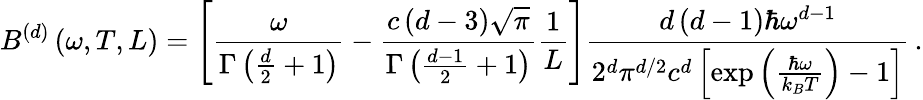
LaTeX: B^{\left(d\right)}\left(\omega,T,L\right)=\left[\frac{\omega}{\Gamma\left(\frac{d}{2}+1\right)}-\frac{c\left(d-3\right)\sqrt{\pi}}{\Gamma\left(\frac{d-1}{2}+1\right)}\frac{1}{L}\right]\frac{d\left(d-1\right)\hbar\omega^{d-1}}{2^{d}\pi^{d/2}c^{d}\left[\exp\left(\frac{\hbar\omega}{k_{B}T}\right)-1\right]}\, .